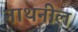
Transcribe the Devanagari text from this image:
नाथनील